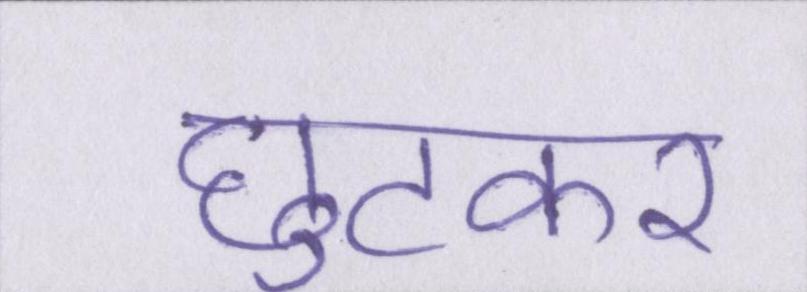
छुटकर